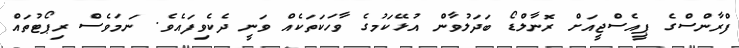
ފްރާންސްގެ ޕީއެސްޖީއަށް ރޮނާލްޑޯ ބަދަލުވާން އުޅޭކަމުގެ ވާހަކަތަކެއް ވަނީ ދެކެވިފައެވެ. ނަމަވެސް ރިޕޯޓުތައް